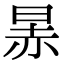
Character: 㫱